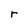
Character: r